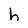
Character: h